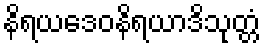
နိရယဒေဝနိရယာဒိသုတ္တံ